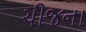
ચીજના